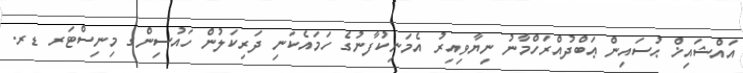
އައްޝައިޚް ޙުސައިން ޢަބްދުއްރަހްމާނު ނިޔާވިއިރު އެމަނިކުފާނުގެ ހަމައެކަނި ދަރިކަލުން ހައުސިންގ މިނިސްޓަރ ޑރ.